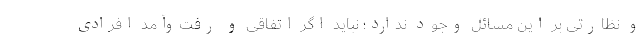
و نظارتی بر این مسائل وجود ندارد؛ نباید اگر اتفاقی و رفت‌وآمد افرادی